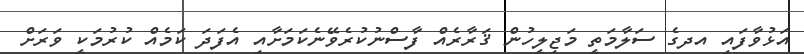
އަޅުވާފައި އދގެ ސަލާމަތީ މަޖިލީހުން ޤަރާރެއް ފާސްނުކުރެވޭނެކަމަށާއި އެފަދަ ކަމެއް ކުރުމަކީ ވަރަށް